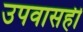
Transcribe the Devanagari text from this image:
उपवासही